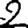
Digit: 2